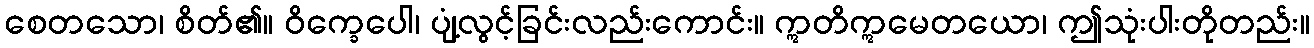
စေတသော၊ စိတ်၏။ ဝိက္ခေပေါ၊ ပျံ့လွင့်ခြင်းလည်းကောင်း။ ဣတိဣမေတယော၊ ဤသုံးပါးတိုတည်း။